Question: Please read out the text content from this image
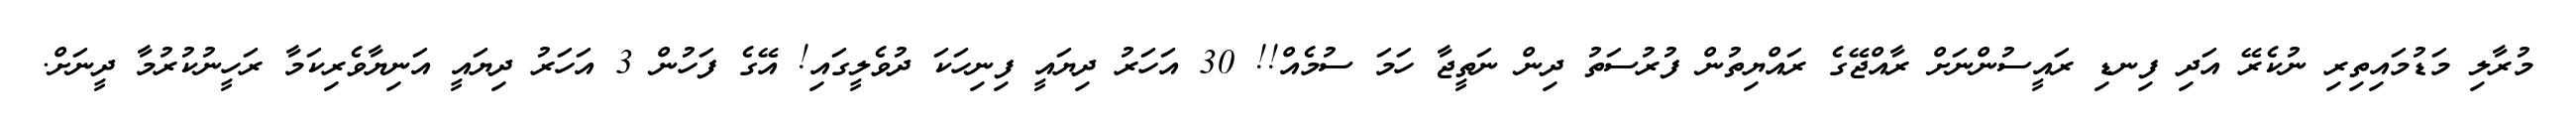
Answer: މުރާލި މަޑުމައިތިރި ނުކެރޭ އަދި ފިނޑި ރައީސުންނަށް ރާއްޖޭގެ ރައްޔިތުން ފުރުސަތު ދިން ނަތީޖާ ހަމަ ސުމެއް!! 30 އަހަރު ދިޔައީ ފިނިހަކަ ދުވެލީގައި! އޭގެ ފަހުން 3 އަހަރު ދިޔައީ އަނިޔާވެރިކަމާ ރަހީނުކުރުމާ ދީނަށް.